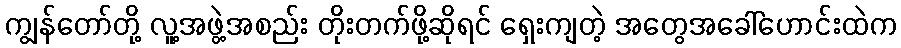
ကျွန်တော်တို့ လူ့အဖွဲ့အစည်း တိုးတက်ဖို့ဆိုရင် ရှေးကျတဲ့ အတွေအခေါ်ဟောင်းထဲက